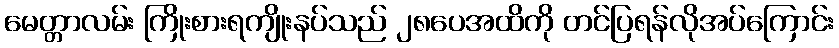
မေတ္တာလမ်း ကြိုးစားရကျိုးနပ်သည် ၂၈ပေအထိကို တင်ပြရန်လိုအပ်ကြောင်း